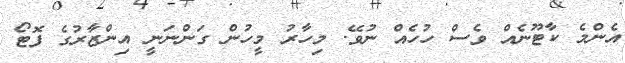
އެންމެ ކާޓޫނެއް ވެސް ހުހެއް ނުވޭ. މިހާރު މީހުން ގަންނަނީ އިންޒާރުގެ ފޮޓޯ